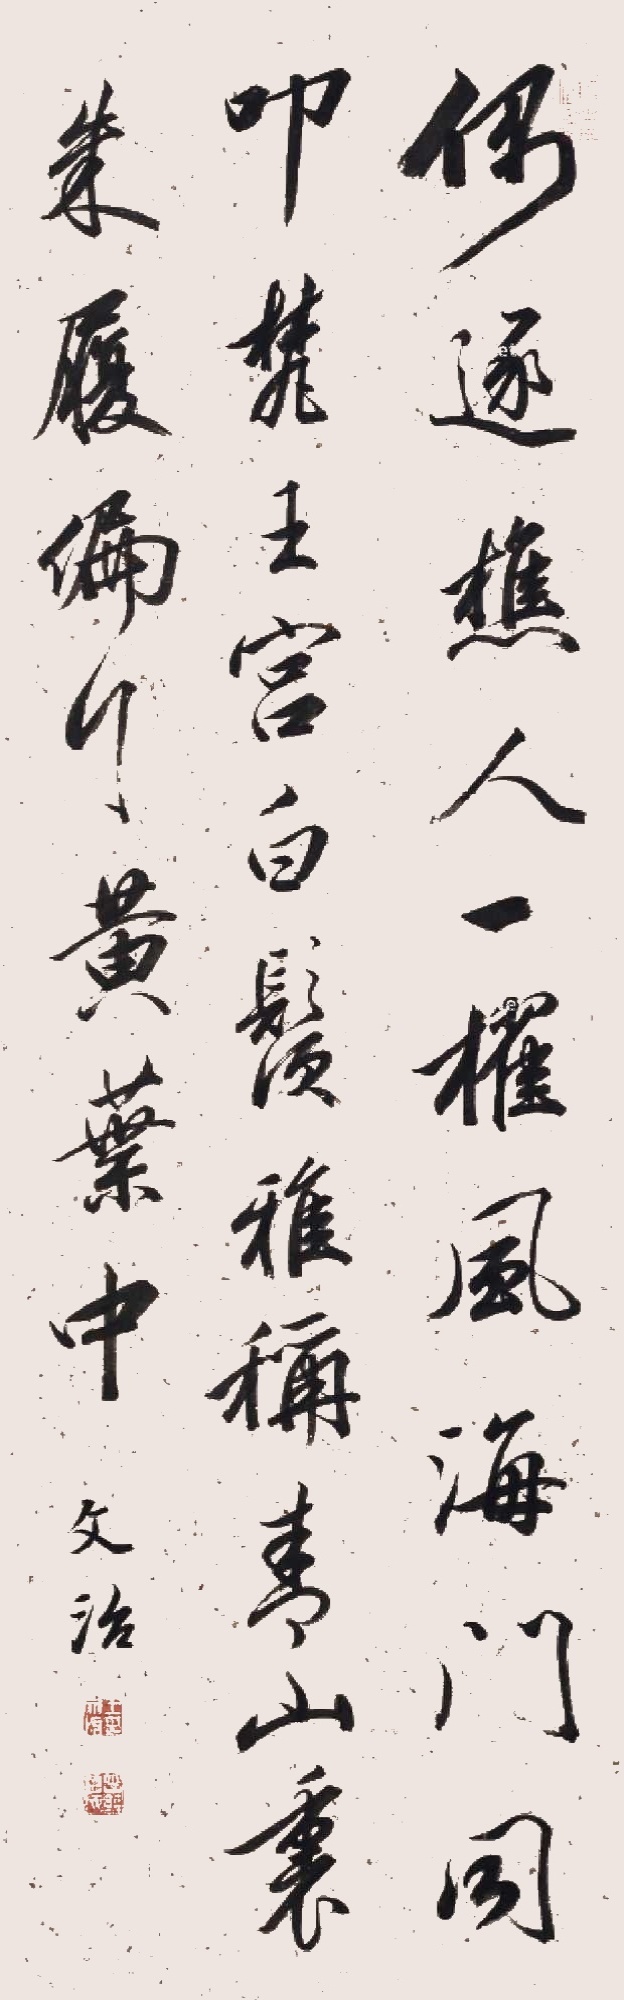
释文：偶逐樵人一棹风，海门同叩梵王宫。白须雅称青山里，朱履偏行黄叶中。文治。